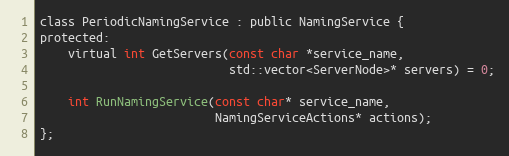
Language: C
class PeriodicNamingService : public NamingService {
protected:
    virtual int GetServers(const char *service_name,
                           std::vector<ServerNode>* servers) = 0;

    int RunNamingService(const char* service_name,
                         NamingServiceActions* actions);
};